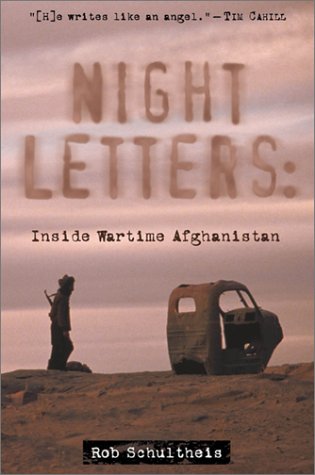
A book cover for Night Letters: Inside Wartime Afghanistan; Rob Schultheis; Travel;